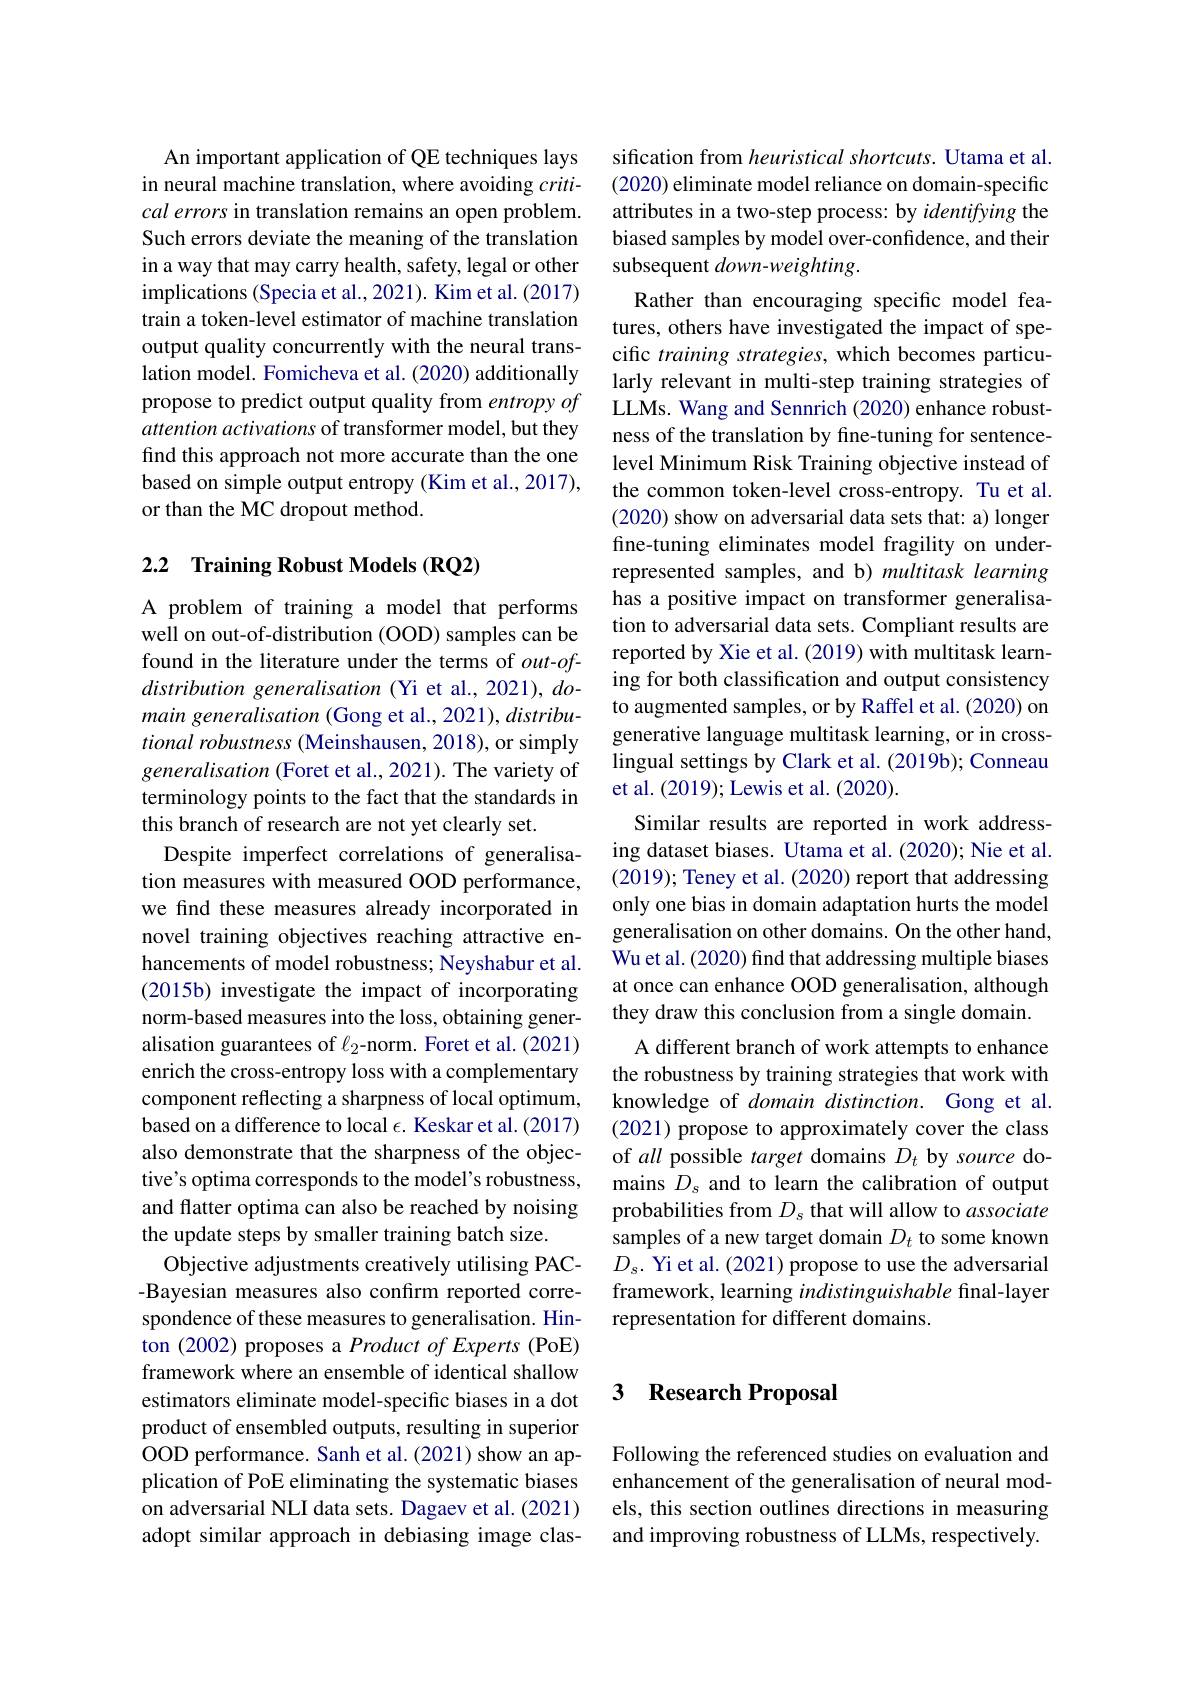
An important application of QE techniques lays in neural machine translation, where avoiding $criti-$ cal errors in translation remains an open problem. Such errors deviate the meaning of the translation in a way that may carry health, safety, legal or other implications (Specia et al., 2021). Kim et al. (2017) train a token-level estimator of machine translation output quality concurrently with the neural translation model. Fomicheva et al. (2020) additionally propose to predict output quality from entropy of attention activations of transformer model, but they find this approach not more accurate than the one based on simple output entropy (Kim et al., 2017), or than the MC dropout method.

## 2.2 Training Robust Models (RQ2)

A problem of training a model that performs well on out-of-distribution (OOD) samples can be found in the literature under the terms of $out-of-$ distribution generalisation (Yi et al., 2021), domain generalisation (Gong et al., 2021), distribu- $tional\textit{ robustness ( Meinshausen, 2018) , or simply}$ generalisation (Foret et al., 2021). The variety of terminology points to the fact that the standards in this branch of research are not yet clearly set.
Despite imperfect correlations of generalisation measures with measured OOD performance, we find these measures already incorporated in novel training objectives reaching attractive enhancements of model robustness; Neyshabur et al. (2015b) investigate the impact of incorporating norm-based measures into the loss, obtaining generalisation guarantees of $\ell_2$-norm. Foret et al.(2021) enrich the cross-entropy loss with a complementary component reflecting a sharpness of local optimum, based on a difference to local $\epsilon.$ Keskar et al.(2017) also demonstrate that the sharpness of the objective's optima corresponds to the model's robustness, and flatter optima can also be reached by noising the update steps by smaller training batch size.
Objective adjustments creatively utilising PAC- -Bayesian measures also confirm reported correspondence of these measures to generalisation. Hinton (2002) proposes a Product of Experts (PoE) framework where an ensemble of identical shallow estimators eliminate model-specific biases in a dot product of ensembled outputs, resulting in superior OOD performance. Sanh et al.(2021) show an application of PoE eliminating the systematic biases on adversarial NLI data sets. Dagaev et al.(2021) adopt similar approach in debiasing image clas-

sification from heuristical shortcuts. Utama et al. (2020) eliminate model reliance on domain-specific attributes in a two-step process: by identifying the biased samples by model over-confidence, and their subsequent $down-weighting.$
Rather than encouraging specific model features, others have investigated the impact of specific training strategies, which becomes particularly relevant in multi-step training strategies of LLMs. Wang and Sennrich (2020) enhance robustness of the translation by fine-tuning for sentencelevel Minimum Risk Training objective instead of the common token-level cross-entropy. Tu et al. (2020) show on adversarial data sets that: a) longer fine-tuning eliminates model fragility on underrepresented samples, and b) multitask learning has a positive impact on transformer generalisation to adversarial data sets. Compliant results are reported by Xie et al. (2019) with multitask learning for both classification and output consistency to augmented samples, or by Raffel et al. (2020) on generative language multitask learning, or in crosslingual settings by Clark et al. (2019b); Conneau et al. (2019); Lewis et al. (2020).
Similar results are reported in work addressing dataset biases. Utama et al. (2020); Nie et al. (2019); Teney et al. (2020) report that addressing only one bias in domain adaptation hurts the model generalisation on other domains. On the other hand, Wu et al. (2020) find that addressing multiple biases at once can enhance OOD generalisation, although they draw this conclusion from a single domain. A different branch of work attempts to enhance
the robustness by training strategies that work with knowledge of domain distinction. Gong et al. (2021) propose to approximately cover the class of all possible target domains $D_t$ by source domains $D_s$ and to learn the calibration of output probabilities from $D_s$ that will allow to associate samples of a new target domain $D_t$ to some known $D_s.$ Yi et al. (2021) propose to use the adversarial framework, learning indistinguishable final-layer representation for different domains.

## 3 Research Proposal

Following the referenced studies on evaluation and enhancement of the generalisation of neural models, this section outlines directions in measuring and improving robustness of LLMs, respectively.